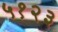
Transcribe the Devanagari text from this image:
५१२३